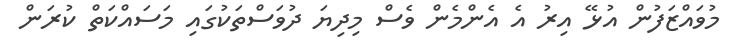
މުވައްޒަފުން އުޅޭ އިރު އެ އެންމެން ވެސް މިދިޔަ ދުވަސްތަކުގައި މަސައްކަތް ކުރަން